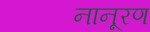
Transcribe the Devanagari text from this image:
नानूरण